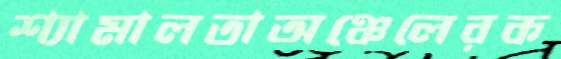
শ্যামালতাঅঞ্চেলেরক